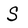
Character: S